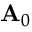
{ \bf A } _ { 0 }